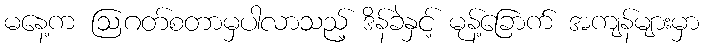
မနေ့က ဩဂတ်စတာမှပါလာသည့် ဒိန်ခဲနှင့် မုန့်ခြောက် အကျန်များမှာ